Source: Handwritten
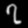
Digit: ၇ (7)